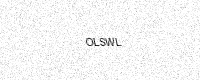
Text: OLSWL